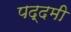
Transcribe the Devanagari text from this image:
पद्दमी